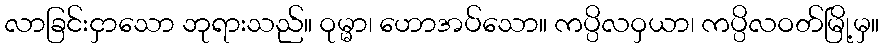
လာခြင်းငှာသော ဘုရားသည်။ ဝုမ္မာ၊ ဟောအပ်သော။ ကပ္ပိလဝှယာ၊ ကပ္ပိလဝတ်မြို့မှ။